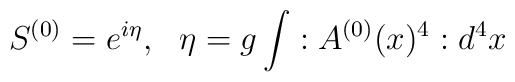
S^{(0)}=e^{i\eta },\,\,\,\,\eta =g\int :A^{(0)}(x)^{4}:d^{4}x